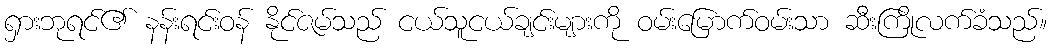
ရှားဘုရင်၏ နန်းရင်းဝန် နိုင်ဇမ်သည် ငယ်သူငယ်ချင်းများကို ဝမ်းမြောက်ဝမ်းသာ ဆီးကြိုလက်ခံသည်။